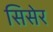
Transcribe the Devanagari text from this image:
सिसेर